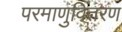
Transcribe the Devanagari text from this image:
परमाणुवितरण